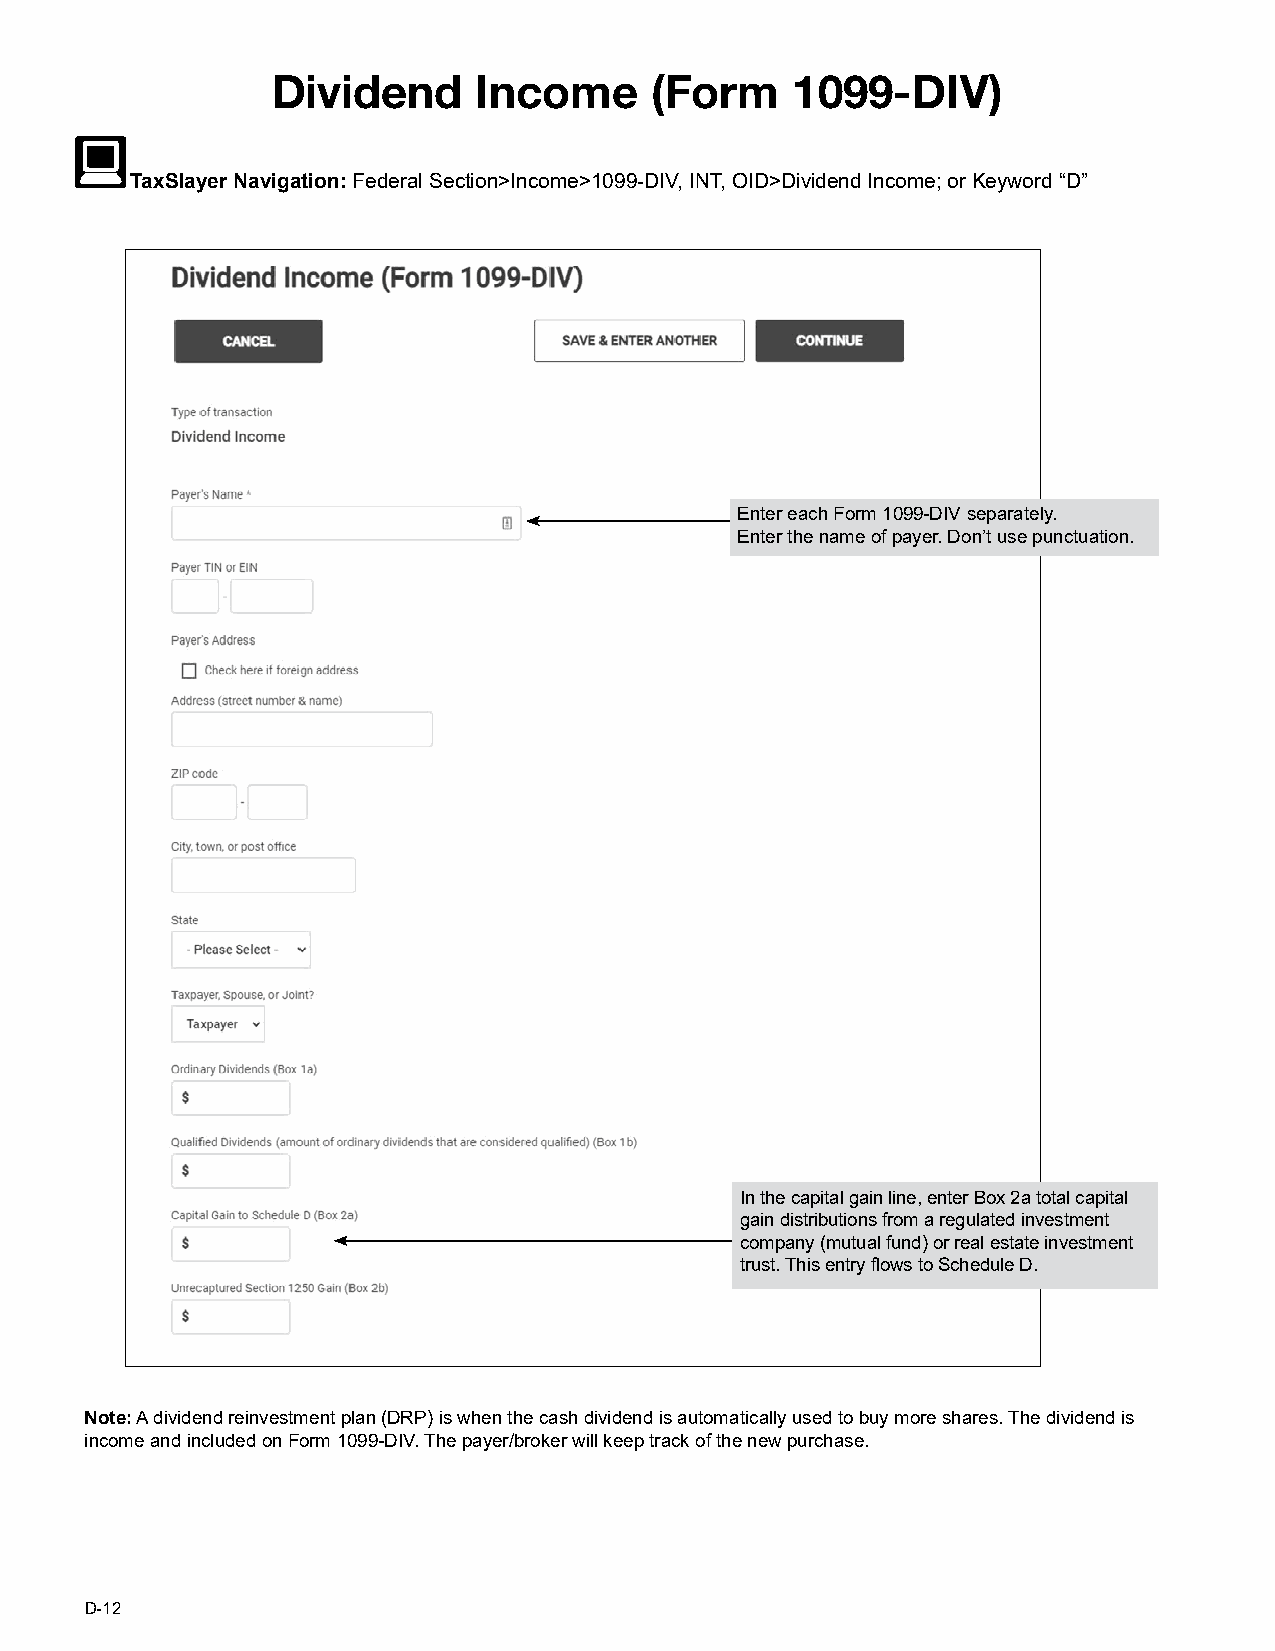
DDiivviiddeenndd IInnccoommee ((FFoorrmm 11009999--DDIIVV))
 TTaaxxSSllaayyeerr NNaavviiggaattiioonn:: FFeeddeerraall SSeeccttiioonn>>IInnccoommee>>11009999--DDIIVV,, IINNTT,, OOIIDD>>DDiivviiddeenndd IInnccoommee;; oorr KKeeyywwoorrdd ““DD””
 Enter each Form 1099-DIV separately.
 Enter the name of payer. Don’t use punctuation.
 In the capital gain line, enter Box 2a total capital
 gain distributions from a regulated investment
 company (mutual fund) or real estate investment
 trust. This entry flows to Schedule D.
 Note: A dividend reinvestment plan (DRP) is when the cash dividend is automatically used to buy more shares. The dividend is
 income and included on Form 1099-DIV. The payer/broker will keep track of the new purchase.
 D-12